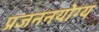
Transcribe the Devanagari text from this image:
प्रजननयोग्य